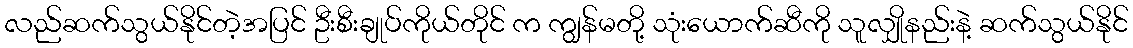
လည်ဆက်သွယ်နိုင်တဲ့အပြင် ဦးစီးချုပ်ကိုယ်တိုင် က ကျွန်မတို့ သုံးယောက်ဆီကို သူလျှိုနည်းနဲ့ ဆက်သွယ်နိုင်